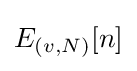
E_{(v,N)}[n]